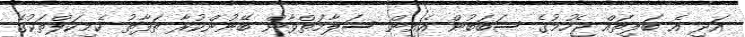
އަދި އެ ބަލިތައް ޖެހުމުގެ ސަބަބުން އެއިން ސަލާމަތްވާން ބޭނުންކުރާ ތަފާތު ކެމިކަލްތަކުގެ